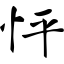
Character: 怦